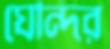
ঘেন্দির